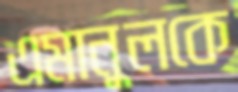
এমানুলকে